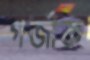
গর্জাক